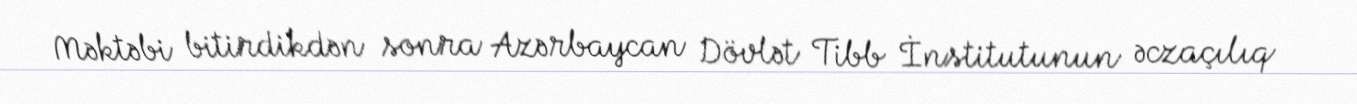
Məktəbi bitirdikdən sonra Azərbaycan Dövlət Tibb İnstitutunun əczaçılıq